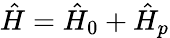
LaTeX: \hat{H}=\hat{H}_{0}+\hat{H}_{p}